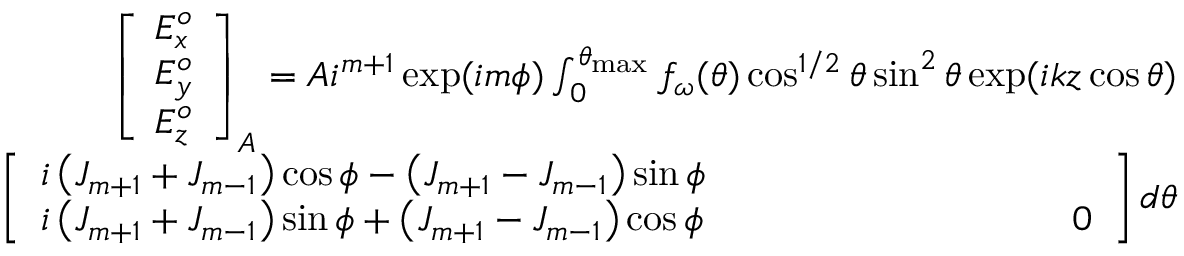
\begin{array} { r } { \left[ \begin{array} { l } { E _ { x } ^ { o } } \\ { E _ { y } ^ { o } } \\ { E _ { z } ^ { o } } \end{array} \right] _ { A } = A i ^ { m + 1 } \exp ( i m \phi ) \int _ { 0 } ^ { \theta _ { \operatorname* { m a x } } } f _ { \omega } ( \theta ) \cos ^ { 1 / 2 } \theta \sin ^ { 2 } \theta \exp ( i k z \cos \theta ) } \\ { \left[ \begin{array} { l } { i \left( J _ { m + 1 } + J _ { m - 1 } \right) \cos \phi - \left( J _ { m + 1 } - J _ { m - 1 } \right) \sin \phi } \\ { i \left( J _ { m + 1 } + J _ { m - 1 } \right) \sin \phi + \left( J _ { m + 1 } - J _ { m - 1 } \right) \cos \phi \ ~ ~ ~ ~ ~ ~ ~ ~ ~ ~ ~ ~ ~ ~ ~ ~ ~ ~ ~ ~ ~ ~ ~ ~ ~ ~ ~ ~ 0 } \end{array} \right] d \theta } \end{array}